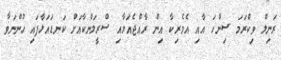
ރަނިލް ވިކްރަމަ ސިންހަ އާއި އެމެރިކާ އިން ރާއްޖެއަށާއި ސްރީލަންކާއަށް ކަނޑައަޅާފައި ހުންނަވާ